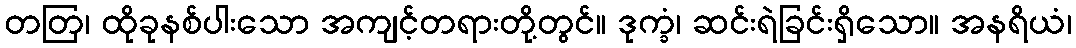
တတြ၊ ထိုခုနစ်ပါးသော အကျင့်တရားတို့တွင်။ ဒုက္ခံ၊ ဆင်းရဲခြင်းရှိသော။ အနရိယံ၊